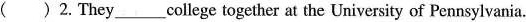
( ) 2. They_____college together at the University of Pennsylvania.